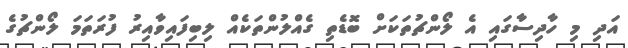
އަދި މި ހާދިސާގައި އެ ލޯންޗުތަކަށް ބޮޑެތި ގެއްލުންތަކެއް ލިބިފައިވާއިރު ފުރަތަމަ ލޯންޗުގެ